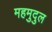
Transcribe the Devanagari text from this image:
महमुदुल